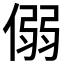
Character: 𪝟